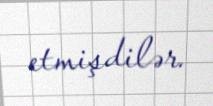
etmişdilər.